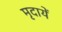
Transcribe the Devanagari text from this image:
मृदायें